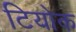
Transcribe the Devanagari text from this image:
टियोक